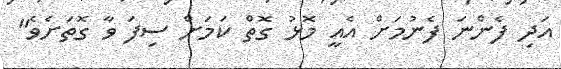
އަދި ފެންނަ ފެނުމަށް އެއީ މޮޅު ގޮތް ކަމަށް ސިފަ ވާ ގޮތަށެވެ"